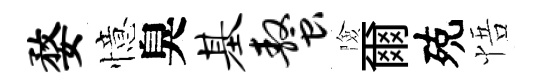
婺憶臭基螯險爾殑悟